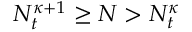
N _ { t } ^ { \kappa + 1 } \geq N > N _ { t } ^ { \kappa }